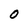
Character: 0